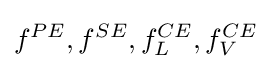
{\textstyle f^{PE},f^{SE},f_{L}^{CE},f_{V}^{CE}}